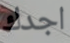
اجدك